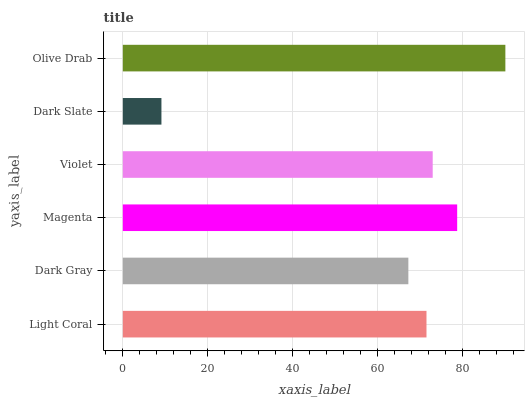
| yaxis_label | bars |
 | --- | --- |
 | Light Coral | 71.6 |
 | Dark Gray | 67.3 |
 | Magenta | 78.8 |
 | Violet | 73.1 |
 | Dark Slate | 9.11 |
 | Olive Drab | 90.2 |